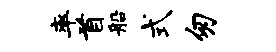
率首船式匆